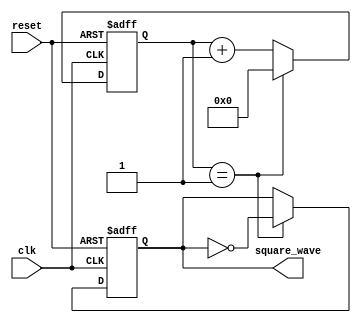
`timescale 1ns / 1ps
//////////////////////////////////////////////////////////////////////////////////
//Adam Satar
//11.5.18
//square wave generator with parameter
//////////////////////////////////////////////////////////////////////////////////
module square_wave_gen #(parameter SYSCLK_MHZ = 7'd100, TARGET_CLK_MHZ = 5'd25)(
		input clk, reset,
	
		output reg square_wave
    );

reg [15:0] tic_count, half_period;
initial begin 
	half_period <= SYSCLK_MHZ/(TARGET_CLK_MHZ*2);

end



always @(posedge clk or posedge reset)
	if(reset == 1'b1) begin tic_count <= 1'b0; square_wave <= 1'b0; end
		else if(tic_count == half_period - 1'b1) 
			begin square_wave <= ~square_wave; tic_count <= 1'b0; end
		else tic_count <= tic_count + 1'b1;

	
endmodule